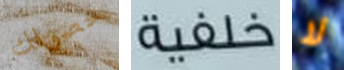
حصولك خلفية لا